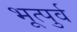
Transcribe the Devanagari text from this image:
भूत्पुर्व